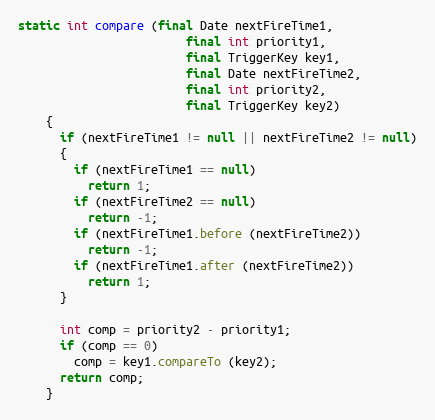
Language: Java
static int compare (final Date nextFireTime1,
                        final int priority1,
                        final TriggerKey key1,
                        final Date nextFireTime2,
                        final int priority2,
                        final TriggerKey key2)
    {
      if (nextFireTime1 != null || nextFireTime2 != null)
      {
        if (nextFireTime1 == null)
          return 1;
        if (nextFireTime2 == null)
          return -1;
        if (nextFireTime1.before (nextFireTime2))
          return -1;
        if (nextFireTime1.after (nextFireTime2))
          return 1;
      }

      int comp = priority2 - priority1;
      if (comp == 0)
        comp = key1.compareTo (key2);
      return comp;
    }